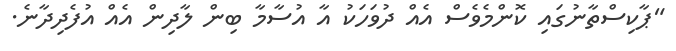
"ޕާކިސްތާނުގައި ކޮންމެވެސް އެއް ދުވަހަކު އާ އުސާމާ ބިން ލާދިން އެއް އުފެދިދާނެ.